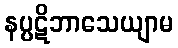
နပ္ပဋိဘာသေယျာမ